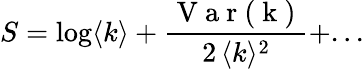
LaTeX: S=\log\langle k\rangle+\frac{\mathrm{~V~a~r~(~k~)~}}{2\, \langle k\rangle^{2}}+...